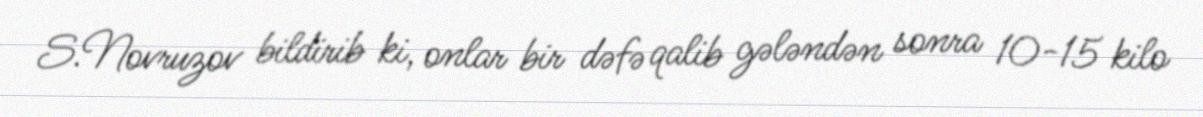
S.Novruzov bildirib ki, onlar bir dəfə qalib gələndən sonra 10-15 kilo